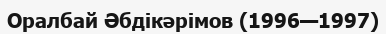
Оралбай Әбдікәрімов (1996—1997)